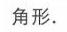
角形.